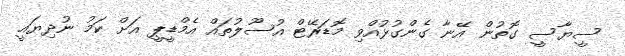
ސީޔާސީ ގޮތުން އޭނާ ގެންގުޅުއްވި މޮޑަރޭޓް އުސޫލުތައް އެމްޑީޕީ އަށް ކަމު ނުދިޔައީ